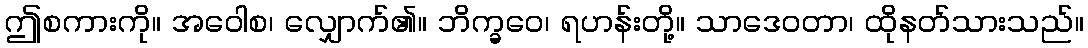
ဤစကားကို။ အဝေါစ၊ လျှောက်၏။ ဘိက္ခဝေ၊ ရဟန်းတို့။ သာဒေဝတာ၊ ထိုနတ်သားသည်။